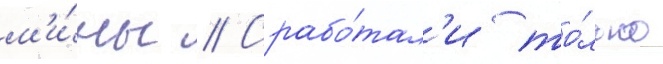
м'и́ны // Срабо́тал'и то́лько